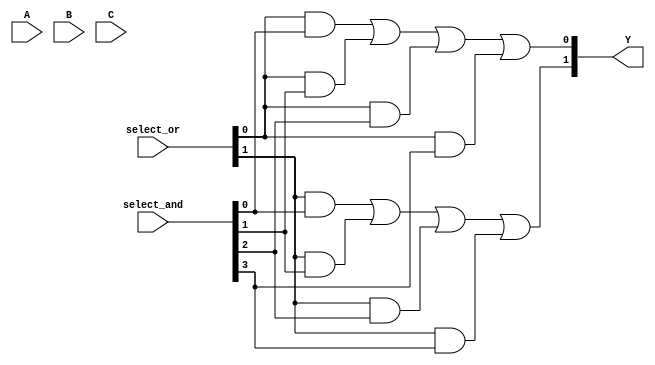
module programmable_PLA (
    input wire [N-1:0] A,      // N input lines
    input wire [N-1:0] B,      // N input lines
    input wire [N-1:0] C,      // N input lines
    input wire [M-1:0] select_and, // Control signals for AND gates
    input wire [P-1:0] select_or,  // Control signals for OR gates
    output wire [Q-1:0] Y       // Q output lines
);

parameter N = 3; // Number of inputs
parameter M = 4; // Number of AND gates
parameter P = 2; // Number of OR gates
parameter Q = 2; // Number of outputs

// Internal wires for product terms
wire [M-1:0] product_terms [0:M-1];

// AND Plane
genvar i, j;
generate
    for (i = 0; i < M; i = i + 1) begin : and_plane
        assign product_terms[i] = (select_and[i] & (A[0] | ~A[0])) & 
                                   (select_and[i] & (B[0] | ~B[0])) & 
                                   (select_and[i] & (C[0] | ~C[0]));
    end
endgenerate

// OR Plane
wire [P-1:0] or_outputs;
generate
    for (j = 0; j < P; j = j + 1) begin : or_plane
        assign or_outputs[j] = (select_or[j] & product_terms[0]) |
                                (select_or[j] & product_terms[1]) |
                                (select_or[j] & product_terms[2]) |
                                (select_or[j] & product_terms[3]);
    end
endgenerate

// Final Outputs
assign Y = or_outputs;

endmodule